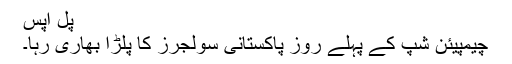
پل اپس
چیمپیئن شپ کے پہلے روز پاکستانی سولجرز کا پلڑا بھاری رہا۔